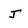
Character: j